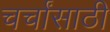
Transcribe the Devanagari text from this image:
चर्चांसाठी